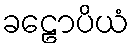
ခဠောပိယံ